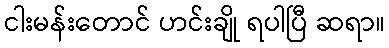
ငါးမန်းတောင် ဟင်းချို ရပါပြီ ဆရာ။